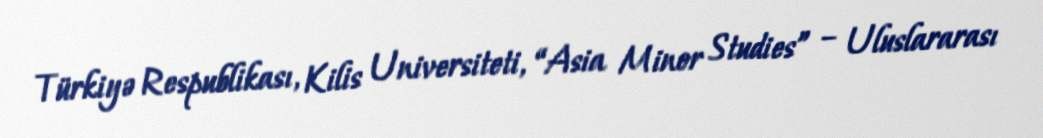
Türkiyə Respublikası, Kilis Universiteti, “Asia Minor Studies” – Uluslararası